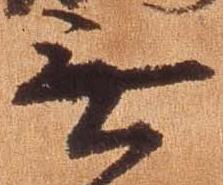
無